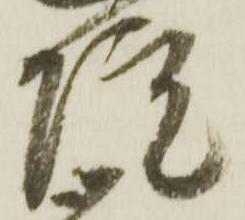
院